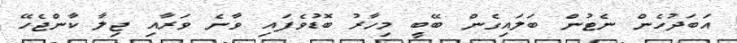
އަބަދުހެން ނެޓުން ބަލައިގެން ބޭބީ މިހާރު ބޮޑުވެފައި ވާނެ ވަރާއި ޖިލާ ކާންޖެހޭ